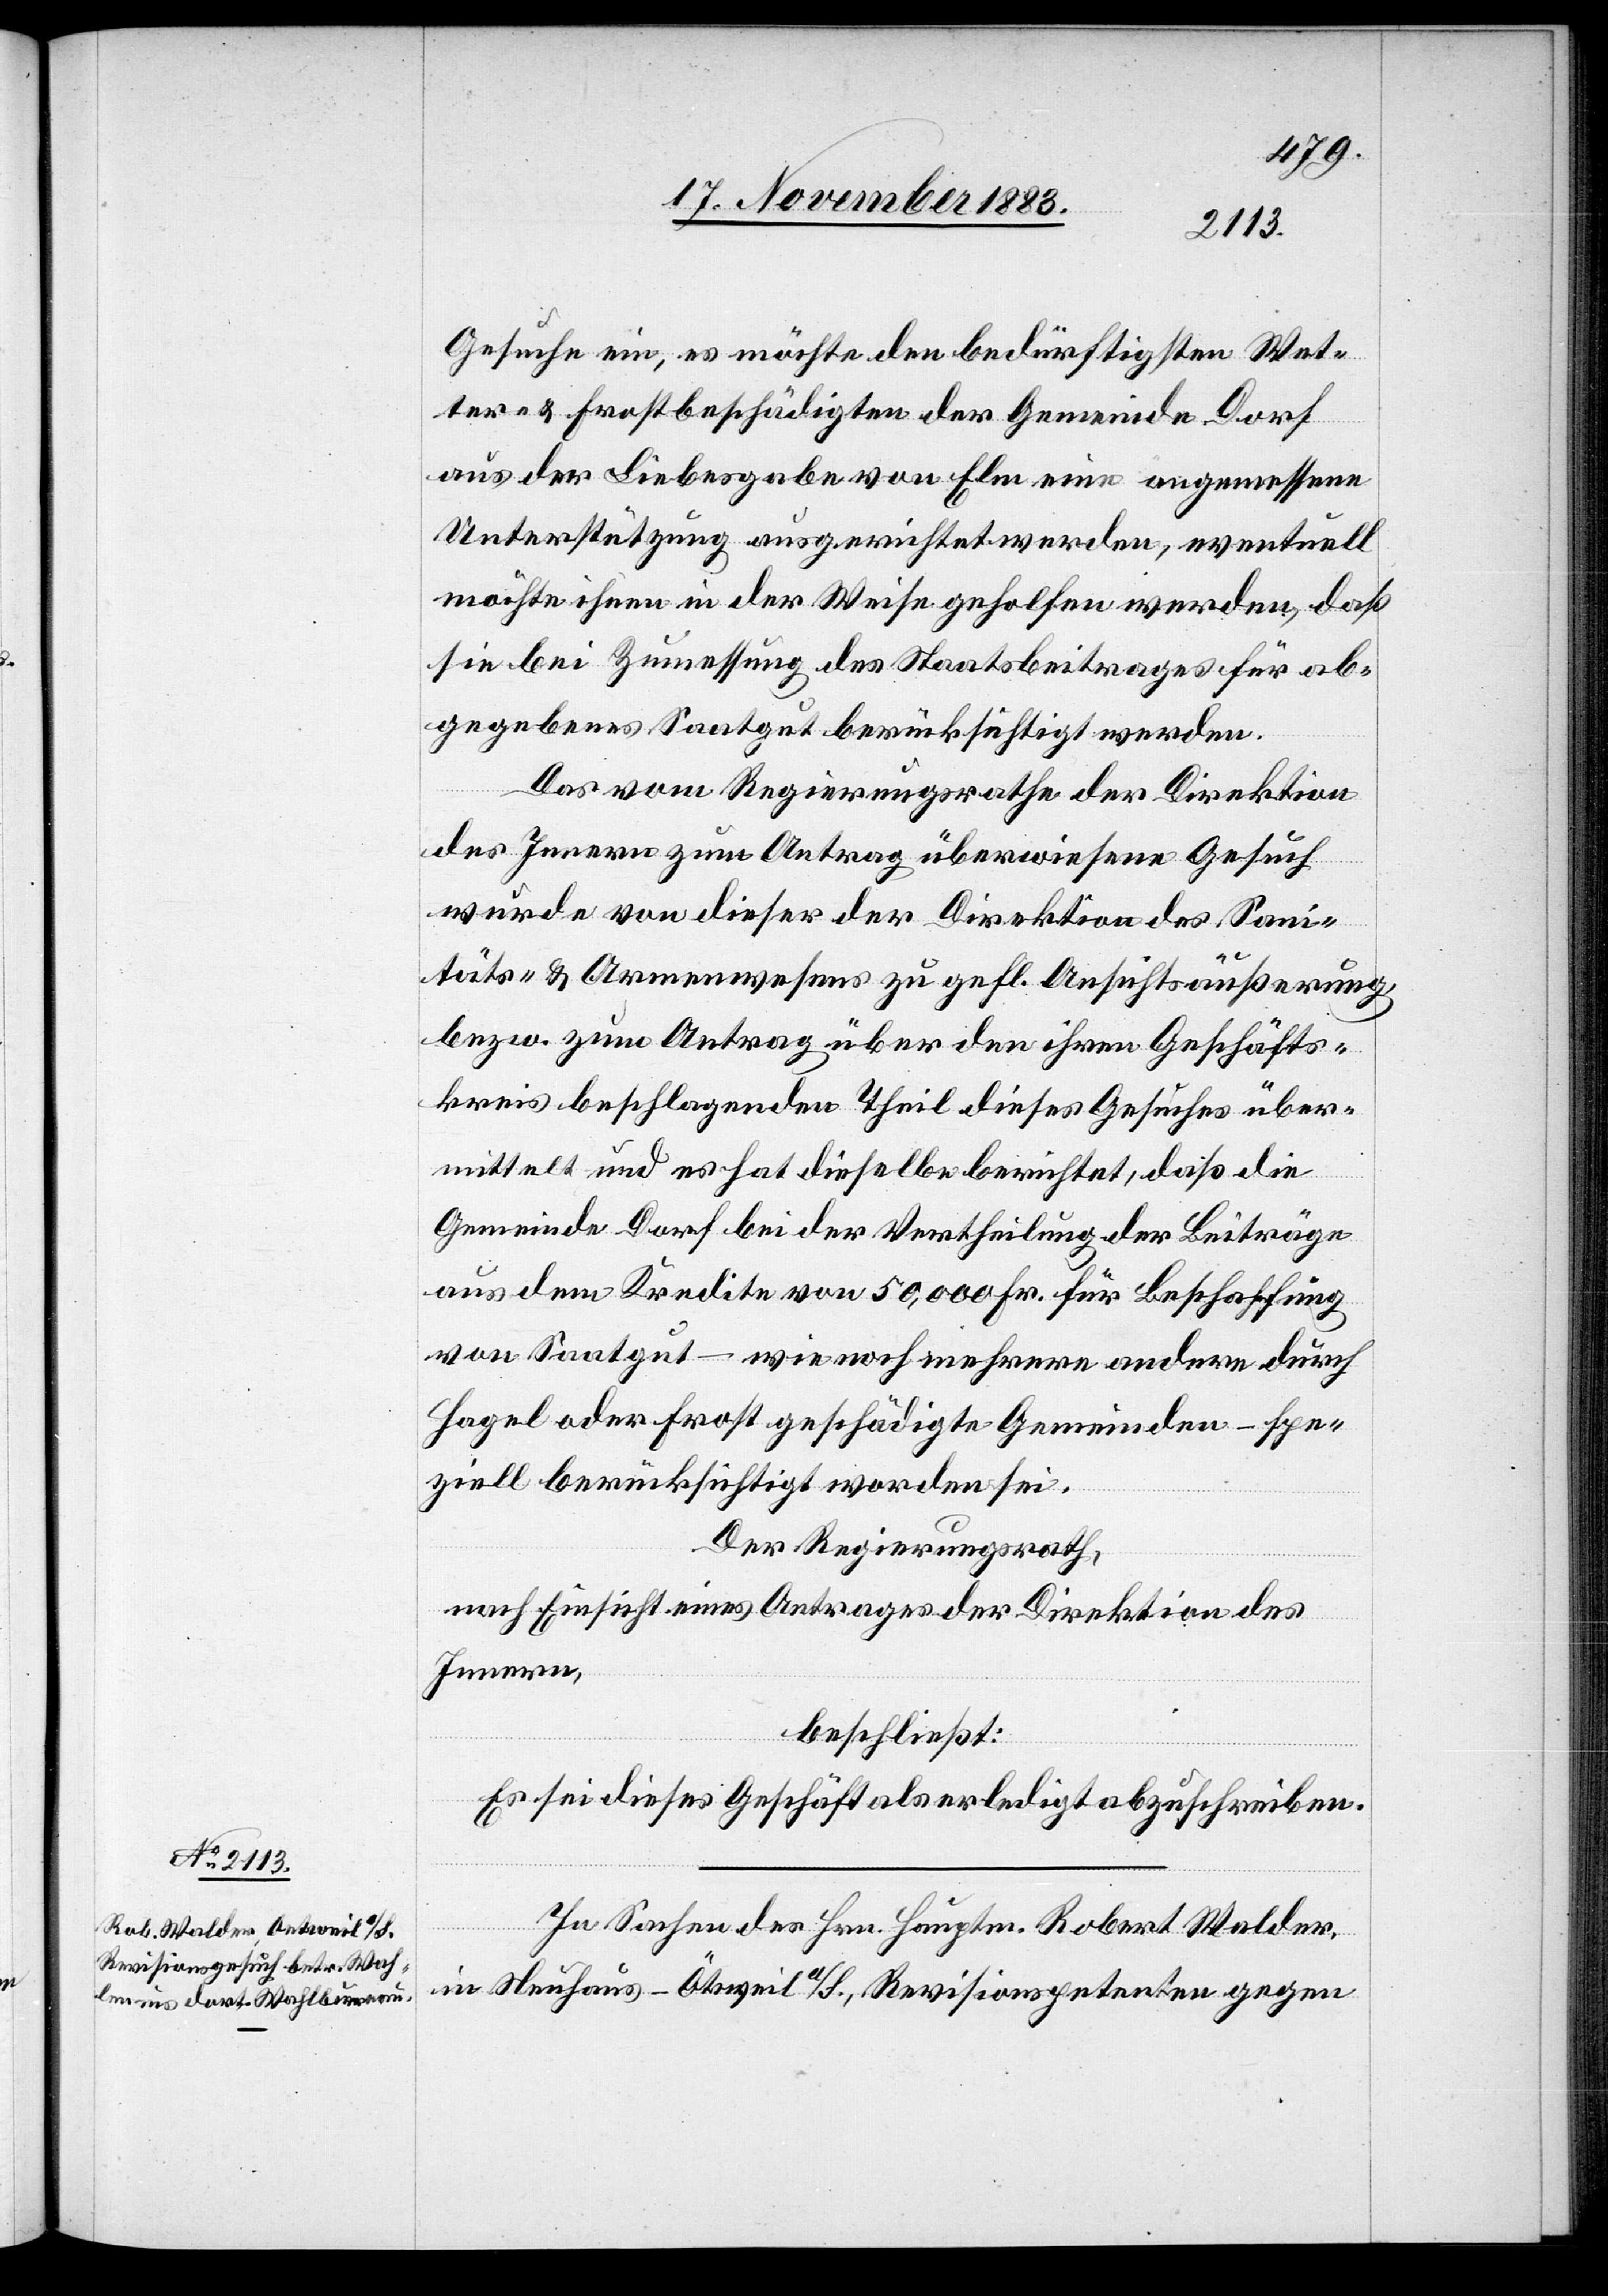
Gesuche ein, es möchte den bedürftigsten Wet¬
ter- & Frostbeschädigten der Gemeinde Dorf
aus der Liebesgabe von Elm eine angemessene
Unterstützung ausgerichtet werden, eventuell
möchte ihnen in der Weise geholfen werden, daß
sie bei Zumessung des Staatsbeitrages für ab¬
gegebenes Saatgut berücksichtigt werden.
Das vom Regierungsrathe der Direktion
des Innern zum Antrag überwiesene Gesuch
wurde von dieser der Direktion des Sani¬
täts- & Armenwesens zu gefl. Ansichtsäußerung,
bezw. zum Antrag über den ihren Geschäfts¬
kreis beschlagende Theil dieses Gesuches über¬
mittelt und es hat dieselbe berichtet, daß die
Gemeinde Dorf bei der Vertheilung der Beiträge
aus dem Kredite von 50,000 Fr. für Beschaffung
von Saatgut – wie noch mehrere andere durch
Hagel oder Frost geschädigte Gemeinden – spe¬
ziell berücksichtigt worden sei.
Der Regierungsrath,
nach Einsicht eines Antrages der Direktion des
Innern,
beschließt:
Es sei dieses Geschäft als erledigt abzuschreiben.
In Sachen des Hrn. Hauptm. Robert Walder,
in Neuhaus - Ötsweil [sic!] a/S., Revisionspetenten gegen